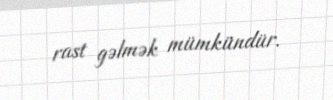
rast gəlmək mümkündür.